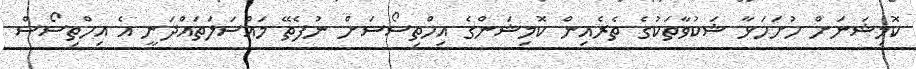
ކޮމިޝަނަށް ހުށަހަޅާ ޝަކުވާތަކުގެ ތެރެއިން ކޮމިޝަންގެ އިހްތިސޯސަށް ނުފެތޭ މައްސަލަތައްދަނީ އެ އިހްތިސޯސް